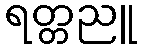
ရတ္တညူ